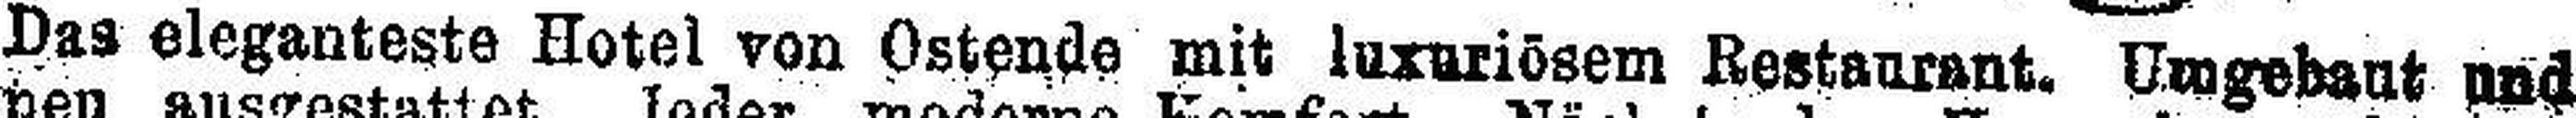
Das eleganteste Hotel von Ostende mit luxuriösem Restaurant. Umgebaut und